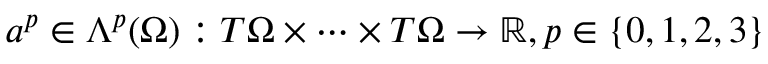
a ^ { p } \in \Lambda ^ { p } ( \Omega ) : T \Omega \times \cdots \times T \Omega \rightarrow \mathbb { R } , p \in \{ 0 , 1 , 2 , 3 \}